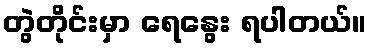
တွဲတိုင်းမှာ ရေနွေး ရပါတယ်။